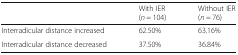
<table><thead><tr><td></td><td><b>With IER(<i>n</i> = 104)</b></td><td><b>Without IER(<i>n</i> = 76)</b></td></tr></thead><tbody><tr><td>Interradicular distance increased</td><td>62.50%</td><td>63.16%</td></tr><tr><td>Interradicular distance decreased</td><td>37.50%</td><td>36.84%</td></tr></tbody></table>